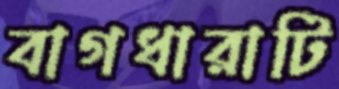
বাগধারাটি